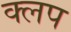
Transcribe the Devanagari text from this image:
क्लप